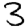
Digit: 3